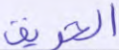
الحريق